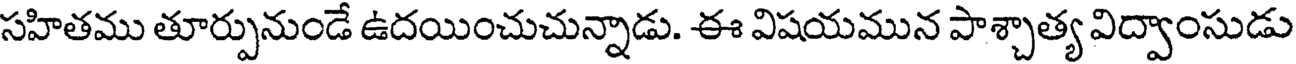
సహితము తూర్పునుండే ఉదయించుచున్నాడు. ఈ విషయమున పాశ్చాత్య విద్వాంసుడు